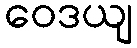
ဝေဒယျ